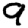
Digit: 9